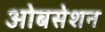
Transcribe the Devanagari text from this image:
ओबसेशन